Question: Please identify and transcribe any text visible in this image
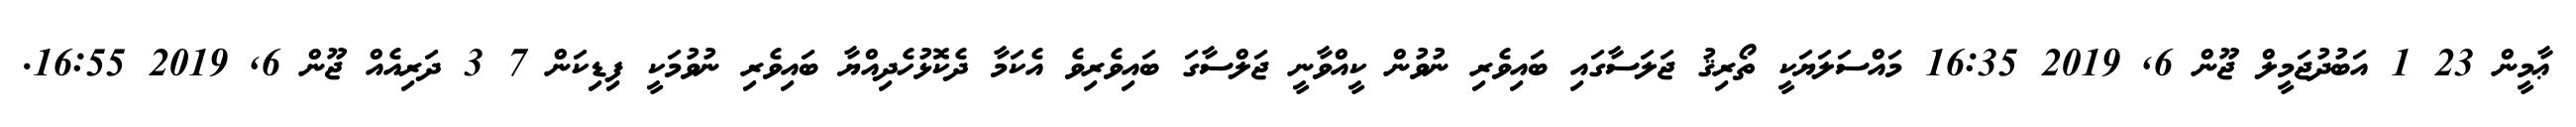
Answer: ޢާމީން 23 1 އަބުދުޖަމީލް ޖޫން 6, 2019 16:35 މައްސަލަޔަކީ ތޯރިޤު ޖަލަސާގައި ބައިވެރި ނުވުން ކީއްވާނީ ޖަލްސާގަ ބައިވެރިވެ އެކަމާ ދެކޮޅުހެދިއްޔާ ބައިވެރި ނުވުމަކީ ފިޑިކަން 7 3 ދަރިއެއް ޖޫން 6, 2019 16:55.